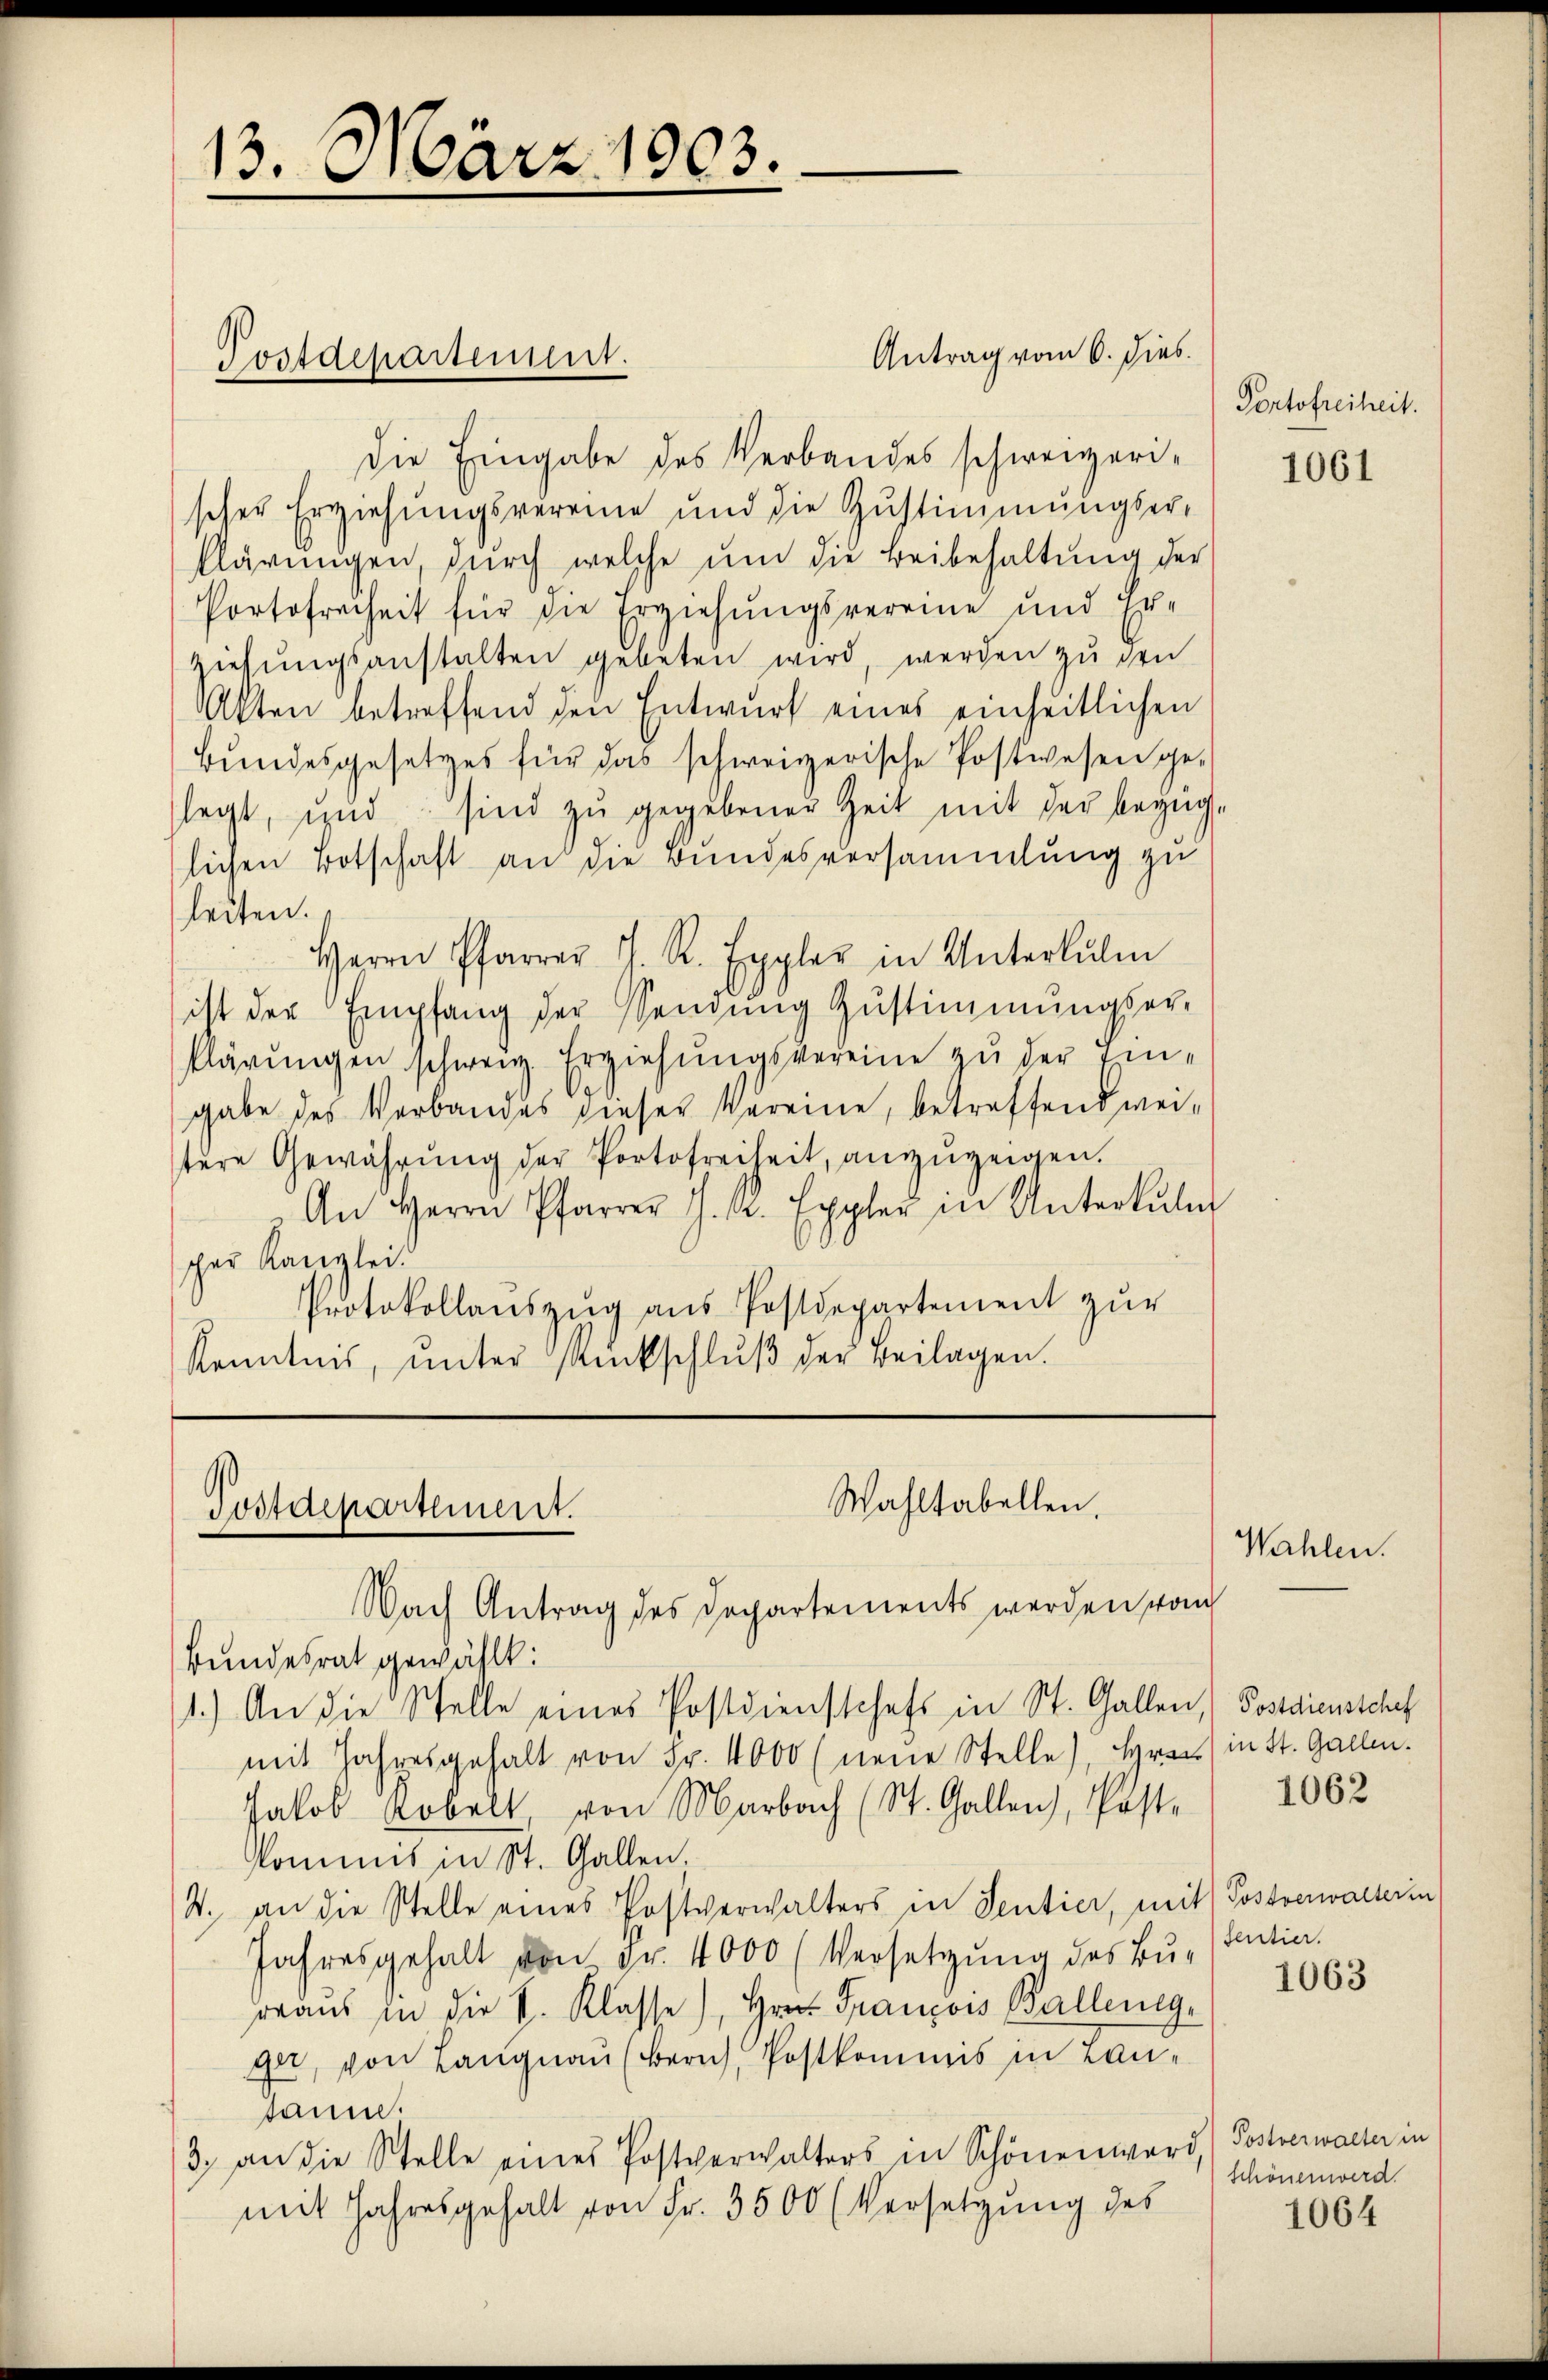
13. März 1903.

Antrag vom 6. dies
Die Eingabe des Verbandes schweizerischer Erziehungsvereine und die Zustimmungser-
klärŭngen, durch welche ŭm die Beibehaltung der
Portofrecheit für die Erziehungsvereine und Er-
ziehŭngsanstalten gebeten wird, werden zu den
Akten betreffend den Entwŭrf eines einheitlichen
Bundesgesetzes für das schweizerische Postwesen ge-
legt, und sind zŭ gegebener Zeit mit der bezüglichen Botschaft an die Bundesversammlung zu
leiten.
Herrn Pfarrer J. R. Eppler in Unterlŭlm
ist der Empfang der Sendŭng Zŭstimmungser-
klärŭngen schweiz. Erziehŭngsvereine zu der Ein-
gabe des Verbandes dieser Vereine, betreffend weitere Gewährŭng der Portofreiheit, anzuzeigen.
An Herrn Pfarrer J. K. Eppler in Unterkŭli
scher Kanzlei.
Protokollanszŭg aŭs Postdepartement zŭr
Kenntnis, ŭnter Rückschlŭβ der Beilagen.

Postdepartement.

Wahltabellen.
Postdepartement.

Nach Antrag des Departements werden von
Bundesrat gewählt:
1.) An die Stelle eines Postdienstchefs in St. Gallen, (Postdiensschaf
mit Jahresgehalt von Fr. 4000 (neue Stelle), Grau) in St. Gallen.
Jakob Robel, von Marbach (St. Gallen, Poste
Kommis in St. Gallen.
W. an die Stelle eines Postverwalters in Sentier, mit Postverwalterin
Jahresgehalt von Fr. 4000 (Versetzŭng des Bŭ- (Tantia.
oraus in die k. Klasse), Hrn. Francois Ballenegget, von Langnau (Bern, Postkommis in Lantaum.
3. an die Stelle eines Postverwalters in Schönen word,) Postverwalter in
mit Jahresgehalt von Fr. 3500 (Versetzung des

Portofreiheit.

1061

Wahlen.

1062

1063

schönen werd.

1064